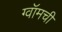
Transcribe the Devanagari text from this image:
ग्वॉमची